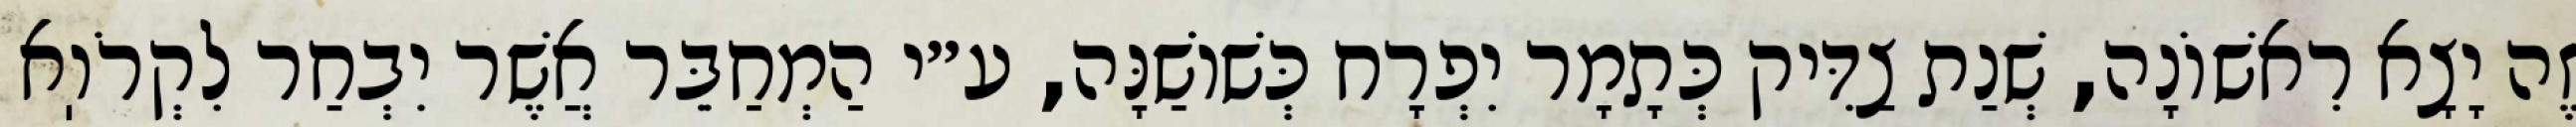
זֶה יָצָא רִאשׁוֹנָה, שְׁנַת צַדִּיק כְּתָמָר יִפְרָח כְּשׁוֹשַׁנָּה, ע״י הַמְחַבֵּר אֲשֶׁר יִבְחַר לִקְרֹוֽא